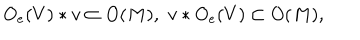
O _ { e } ( V ) * v \subset O ( M ) , \, \, v * O _ { e } ( V ) \subset O ( M ) ,